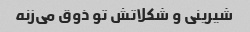
شیرینی و شکلاتش تو ذوق می‌زنه